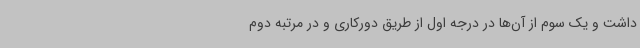
داشت و یک سوم از آن‌ها در درجه اول از طریق دورکاری و در مرتبه دوم